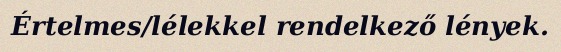
Értelmes/lélekkel rendelkező lények.